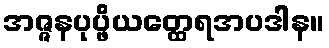
အဇ္ဇနပုပ္ဖိယတ္ထေရအပဒါန။